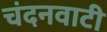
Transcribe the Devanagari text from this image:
चंदनवाटी